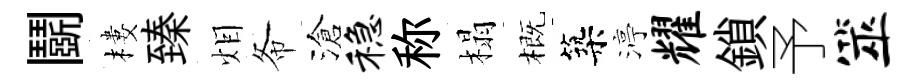
鬬樓臻𤇆𢁙滄稳称榻概築渟耀鎖予筮